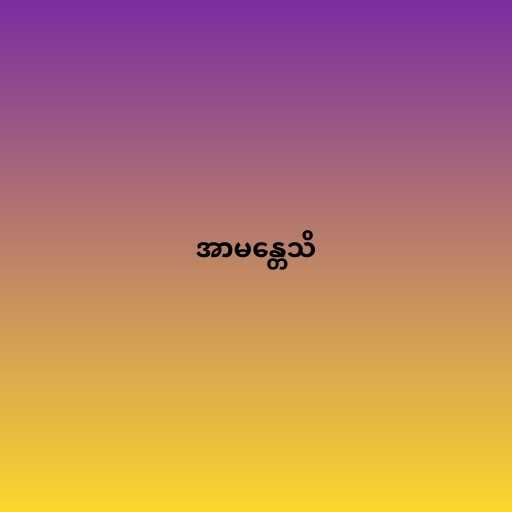
အာမန္တေသိ